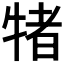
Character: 𭷭